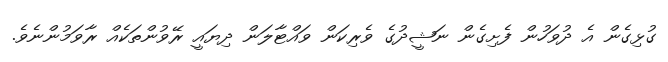
ގުޅިގެން އެ ދުވަހުން ފެށިގެން ނަޝީދުގެ ވެރިކަން ވައްޓާލަން ދިޔައީ ރޭވުންތަކެއް ރާވަމުންނެވެ.